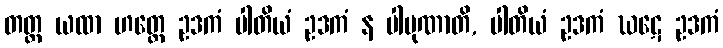
တတ္ထ ယထာ ဟတ္ထေ ဥဒကံ ပါတိယံ ဥဒကံ န ပါပုဏာတိ, ပါတိယံ ဥဒကံ ဃဋေ ဥဒကံ